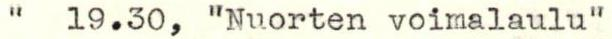
"  19.30, "Nuorten voimalaulu"